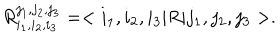
R _ { i _ { 1 } , i _ { 2 } , i _ { 3 } } ^ { j _ { 1 } , j _ { 2 } , j _ { 3 } } = < i _ { 1 } , i _ { 2 } , i _ { 3 } | R | j _ { 1 } , j _ { 2 } , j _ { 3 } > .